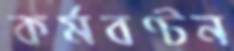
কর্মবণ্টন